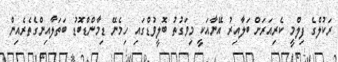
ރަކުލްގެ ފިލްމީ ކެރިއަރަށް ބަލާއިރު އޭނާއަކީ މިވަގުތު ބޮލީވުޑްގައި ހިމެނޭ ޑިމާންޑްބޮޑު ބަތަލާއިންގެތެރެއިން